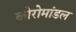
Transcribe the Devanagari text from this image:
कोरोमांडल